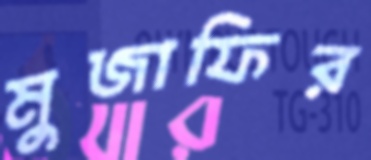
মুজাফির